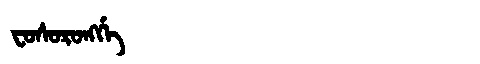
Manchu: ᠸᠣᠰᠣᡵᠣᠩᡤᡝ
Romanization: FOSORONGGE